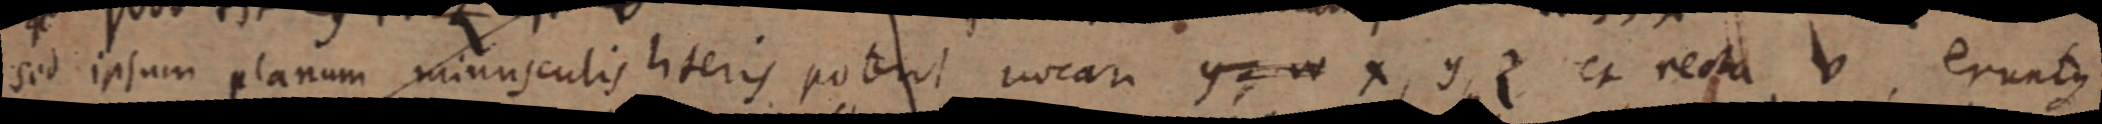
sed ipsum planum minusculis literis poterit vocari g w x, y, z et et recta v eruntque